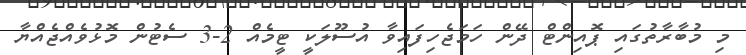
މި މުބާރާތުގައި ޕޮއިންޓް ދޭން ހަމަޖެހިފައިވާ އުސޫލަކީ ޓީމެއް 2-3 ސެޓުން މޮޅުވެއްޖެއްޔާ